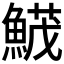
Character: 𩹛